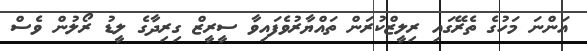
އަންނަ މަހުގެ ތެރޭގައި ރިލީޒްކުރަން ތައްޔާރުވެފައިވާ ސީރީޒް ގިރިދާގެ ލީޑު ރޯލުން ވެސް